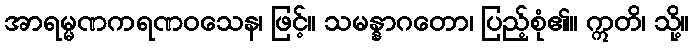
အာရမ္မဏကရဏဝသေန၊ ဖြင့်။ သမန္နာဂတော၊ ပြည့်စုံ၏။ ဣတိ၊ သို့။